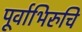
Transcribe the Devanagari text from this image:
पूर्वाभिरुचि